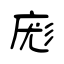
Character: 庬